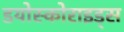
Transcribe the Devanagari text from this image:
डयोस्कोराइड्स